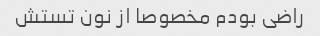
راضی بودم مخصوصا از نون تستش